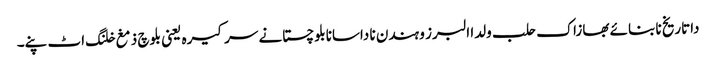
داتاریخ نا بنائے بھازاک حلب ولدا البرز و ہندن نا داسانابلوچستانے سرکیرہ یعنی بلوچ ذمغ خلنگ اٹ پنے۔